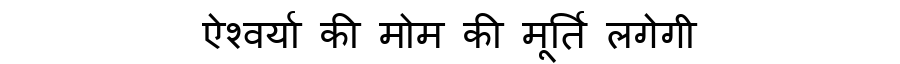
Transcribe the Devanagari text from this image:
ऐश्वर्या की मोम की मूर्ति लगेगी